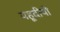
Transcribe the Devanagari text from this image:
यहूदीयो